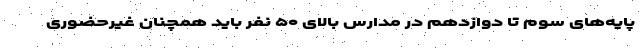
پایه‌های سوم تا دوازدهم در مدارس بالای ۵۰ نفر باید همچنان غیرحضوری